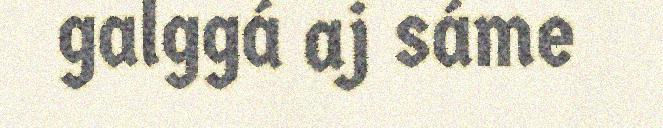
galggá aj sáme